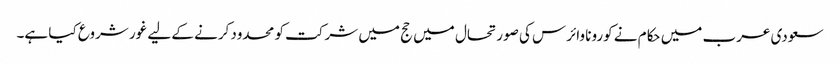
سعودی عرب میں حکام نے کورونا وائرس کی صورتحال میں حج میں شرکت کو محدود کرنے کے لیے غور شروع کیا ہے۔